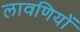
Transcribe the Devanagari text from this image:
लावणियों